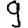
Digit: 9